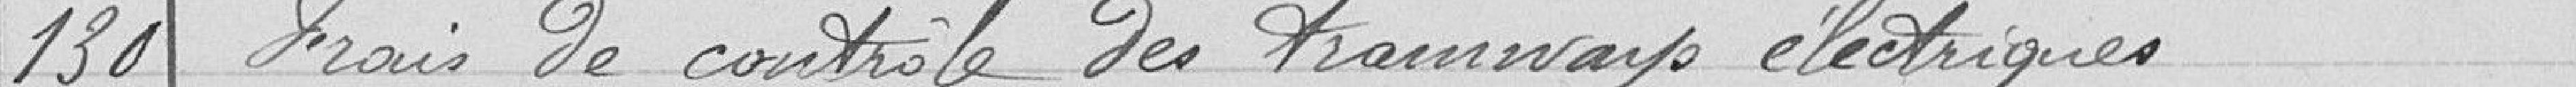
130 Frais de contrôle des tramways électriques